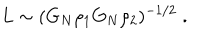
L \sim ( G _ { N } \rho _ { 1 } G _ { N } \rho _ { 2 } ) ^ { - 1 / 2 } \; .